Punjab Mental Hospital Lahore 1932-46 - 1932-1946
Year: 1932
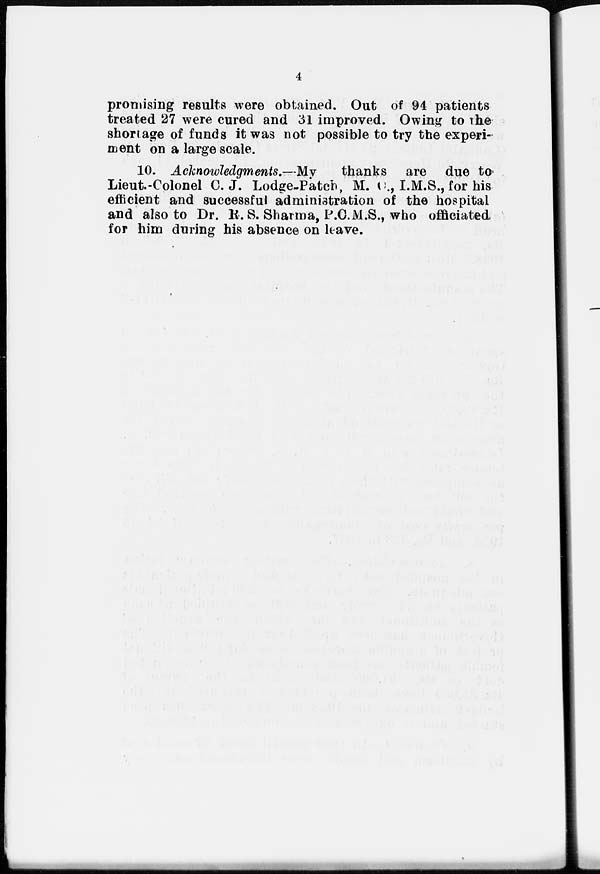
4
promising results were obtained. Out of 94 patients
treated 27 were cured and 31 improved. Owing to the
shortage of funds it was not possible to try the experi-
ment on a large scale.
10. Acknowledgments.—My thanks are due to
Lieut.-Colonel C.J. Lodge-Patch, M. C., I.M.S., for his
efficient and successful administration of the hospital
and also to Dr. R.S. Sharma, P.C.M.S., who officiated
for him during his absence on leave.